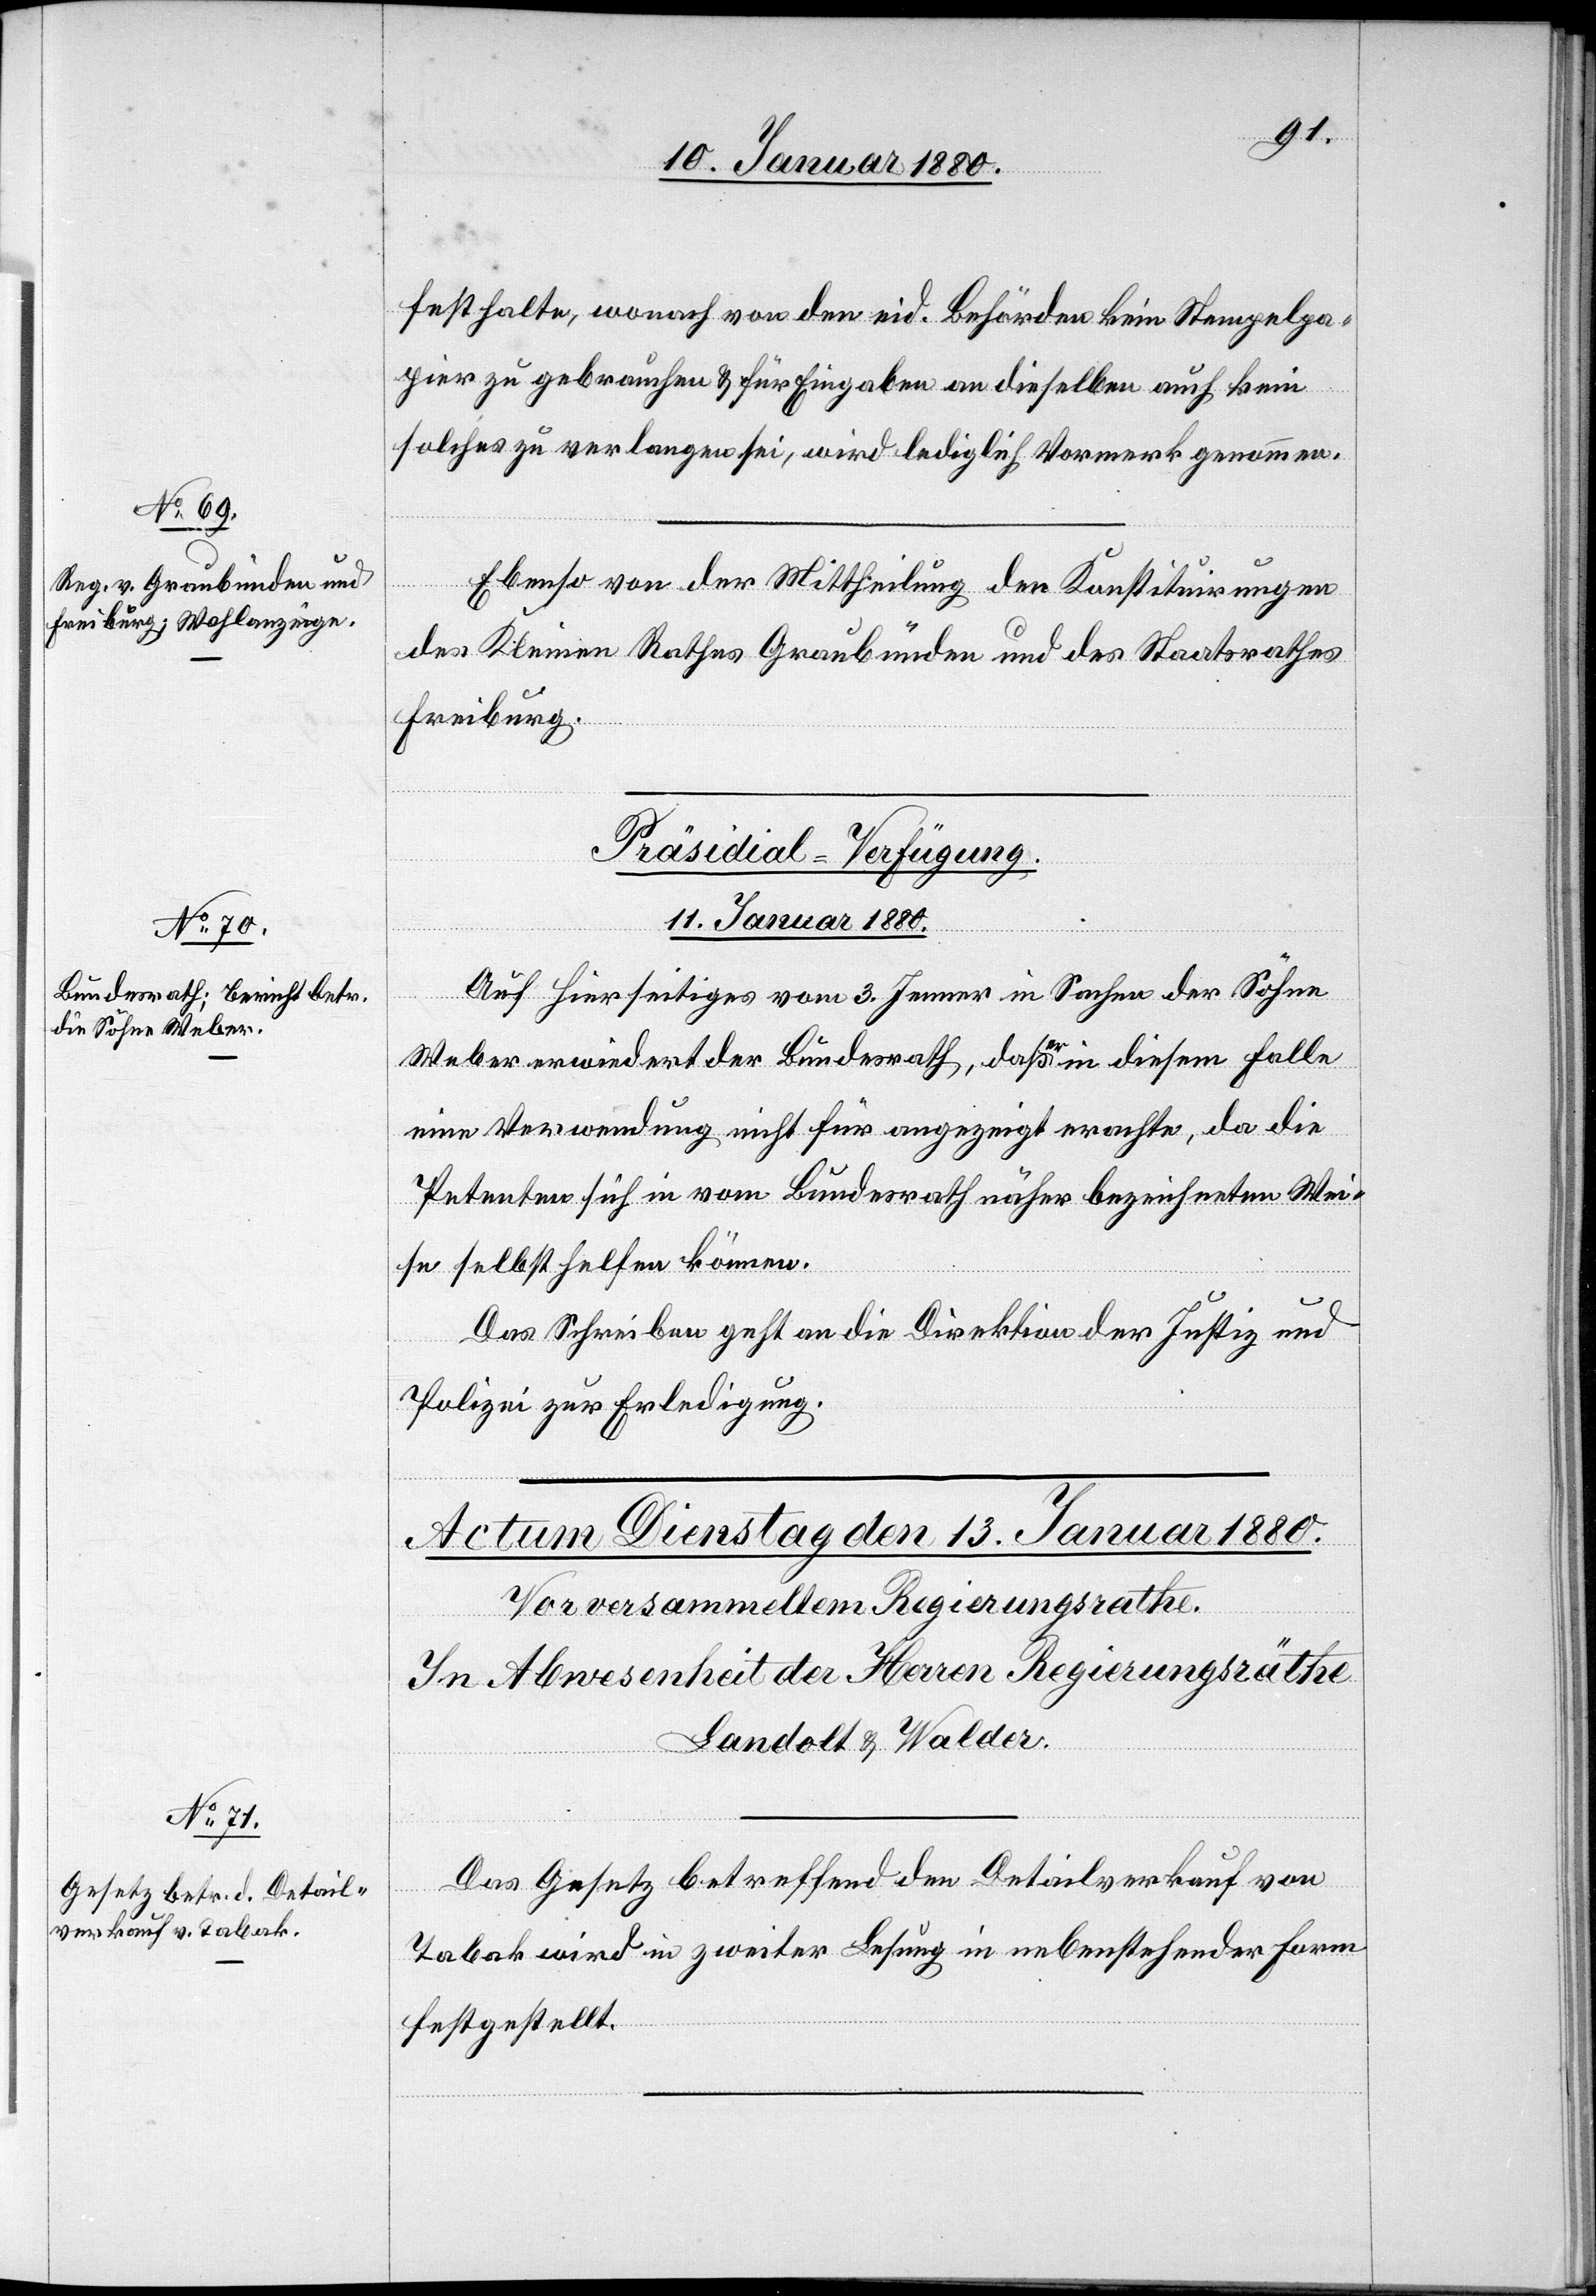
festhalte, wonach von den eid. Behörden kein Stempelpa¬
pier zu gebrauchen & für Eingaben an dieselben auch kein
solches zu verlangen sei, wird lediglich Vormerk genommen.
Ebenso von der Mittheilung den Konstituirungen
des Kleinen Rathes Graubünden und Staatsrathes
Freiburg.
Präsidial-Verfügung.
11. Januar 1880.
Auf hierseitiges vom 3. Jenner in Sachen der Söhne
Weber erwiedert der Bundesrath, daß a-er-a in diesem Falle
eine Verwendung nicht für angezeigt erachte, da die
Petenten sich in vom Bundesrath näher bezeichneten Wei¬
se selbst helfen können.
Das Schreiben geht an die Direktion der Justiz &
Polizei zur Erledigung.
Das Gesetz betreffend den Detailverkauf von
Tabak wird in zweiter Lesung in nebenstehender Form
festgestellt.